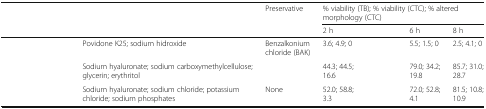
<table><thead><tr><td rowspan="2">[EMPTY_CELL]</td><td rowspan="2">[EMPTY_CELL]</td><td rowspan="2"><b>Preservative</b></td><td colspan="4"><b>% viability (TB); % viability (CTC); % altered morphology (CTC)</b></td></tr><tr><td><b>2 h</b></td><td>[EMPTY_CELL]</td><td><b>6 h</b></td><td><b>8 h</b></td></tr></thead><tbody><tr><td>[EMPTY_CELL]</td><td>Povidone K25; sodium hidroxide</td><td>Benzalkonium chloride (BAK)</td><td>3.6; 4.9; 0</td><td>[EMPTY_CELL]</td><td>5.5; 1.5; 0</td><td>2.5; 4.1; 0</td></tr><tr><td>[EMPTY_CELL]</td><td>Sodium hyaluronate; sodium carboxymethylcellulose; glycerin; erythritol</td><td>[EMPTY_CELL]</td><td>44.3; 44.5; 16.6</td><td>[EMPTY_CELL]</td><td>79.0; 34.2; 19.8</td><td>85.7; 31.0; 28.7</td></tr><tr><td>[EMPTY_CELL]</td><td>Sodium hyaluronate; sodium chloride; potassium chloride; sodium phosphates</td><td>None</td><td>52.0; 58.8; 3.3</td><td>[EMPTY_CELL]</td><td>72.0; 52.8; 4.1</td><td>81.5; 10.8; 10.9</td></tr></tbody></table>